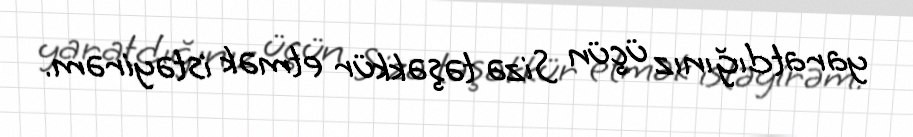
yaratdığınız üçün Sizə təşəkkür etmək istəyirəm.